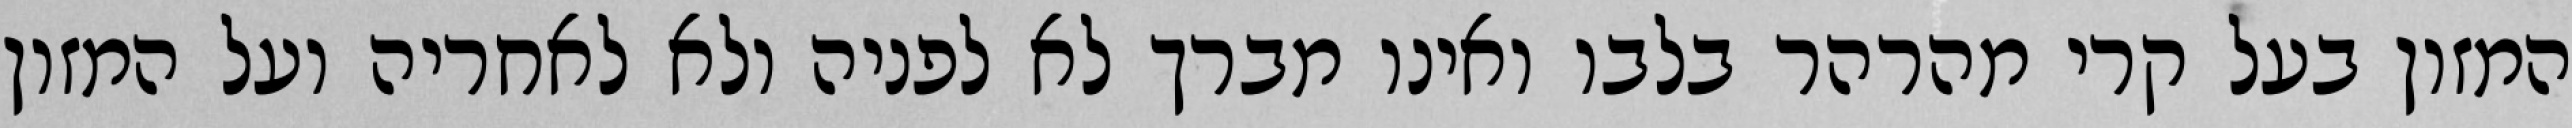
המזון בעל קרי מהרהר בלבו ואינו מברך לא לפניה ולא לאחריה ועל המזון